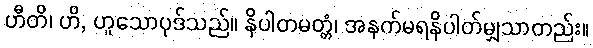
ဟီတိ၊ ဟိ, ဟူသောပုဒ်သည်။ နိပါတမတ္တံ၊ အနက်မရနိပါတ်မျှသာတည်း။